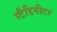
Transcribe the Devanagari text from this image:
स्टैडिमीटर